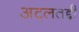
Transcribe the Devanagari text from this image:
अट्लतद्दी